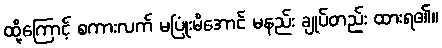
ထို့ကြောင့် စကားလက် မပြုံးမိအောင် မနည်း ချုပ်တည်း ထားရ၏။